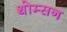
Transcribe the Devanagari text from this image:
थोम्सन